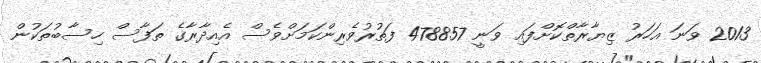
2013 ވަނަ އަހަރު ޒިޔާރާތްކޮށްފައި ވަނީ 478857 ފަތުރުވެރިންކަމަށްވެސް އެއިދާރާގެ ތަފާސް ހިސާބުތަކުން